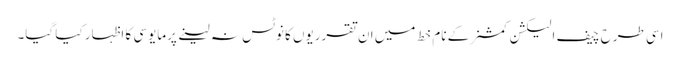
اسی طرح چیف الیکشن کمشنر کے نام خط میں ان تقرریوں کا نوٹس نہ لینے پرمایوسی کا اظہار کیا گیا۔